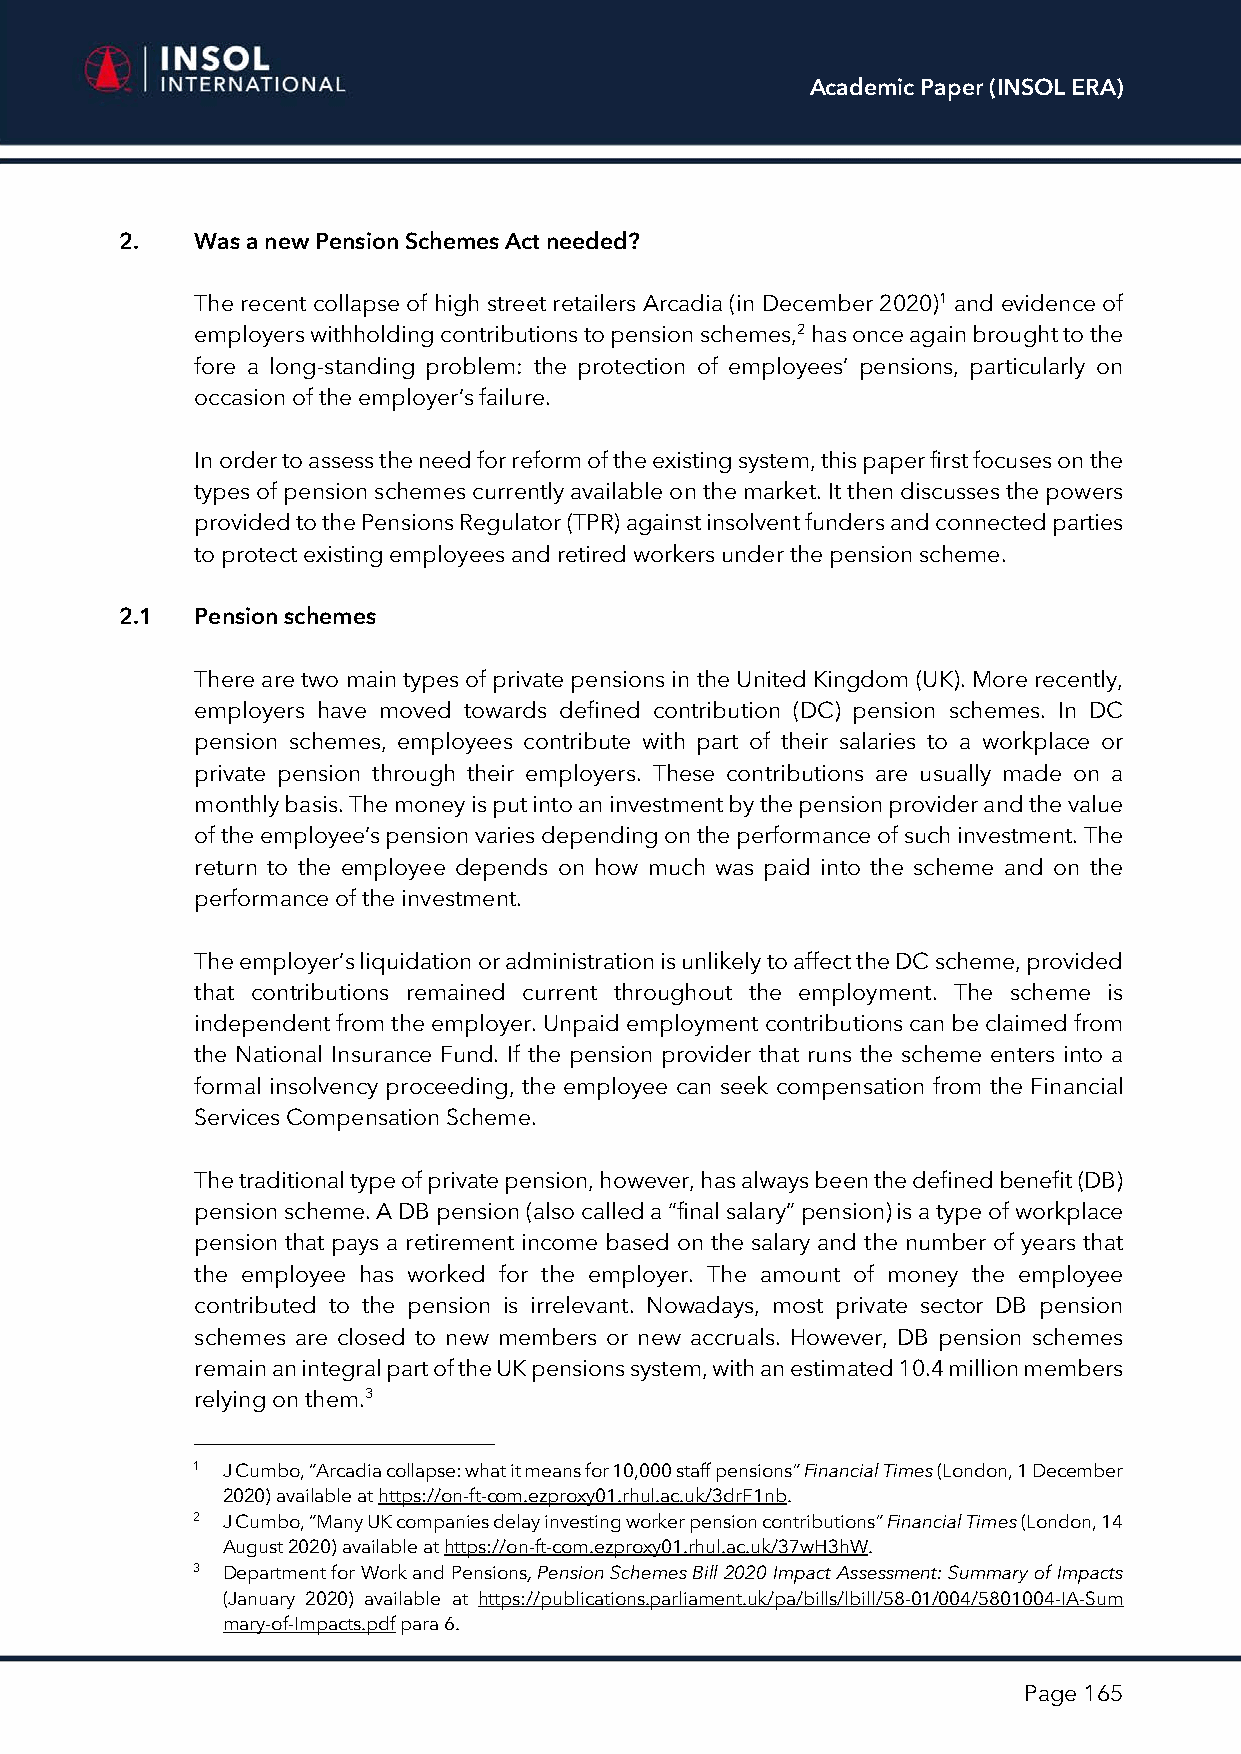
Academic Paper (INSOL ERA)
 2.   Was a new Pension Schemes Act needed?
 The recent collapse of high street retailers Arcadia (in December 2020)1 and evidence of
 employers withholding contributions to pension schemes,2 has once again brought to the
 fore a long-standing problem: the protection of employees’ pensions, particularly on
 occasion of the employer’s failure.
 In order to assess the need for reform of the existing system, this paper first focuses on the
 types of pension schemes currently available on the market. It then discusses the powers
 provided to the Pensions Regulator (TPR) against insolvent funders and connected parties
 to protect existing employees and retired workers under the pension scheme.
 2.1  Pension schemes
 There are two main types of private pensions in the United Kingdom (UK). More recently,
 employers have moved towards defined contribution (DC) pension schemes. In DC
 pension schemes, employees contribute with part of their salaries to a workplace or
 private pension through their employers. These contributions are usually made on a
 monthly basis. The money is put into an investment by the pension provider and the value
 of the employee’s pension varies depending on the performance of such investment. The
 return to the employee depends on how much was paid into the scheme and on the
 performance of the investment.
 The employer’s liquidation or administration is unlikely to affect the DC scheme, provided
 that contributions remained current throughout the employment. The scheme is
 independent from the employer. Unpaid employment contributions can be claimed from
 the National Insurance Fund. If the pension provider that runs the scheme enters into a
 formal insolvency proceeding, the employee can seek compensation from the Financial
 Services Compensation Scheme.
 The traditional type of private pension, however, has always been the defined benefit (DB)
 pension scheme. A DB pension (also called a “final salary” pension) is a type of workplace
 pension that pays a retirement income based on the salary and the number of years that
 the employee has worked for the employer. The amount of money the employee
 contributed to the pension is irrelevant. Nowadays, most private sector DB pension
 schemes are closed to new members or new accruals. However, DB pension schemes
 remain an integral part of the UK pensions system, with an estimated 10.4 million members
 relying on them.3
 1 J Cumbo, “Arcadia collapse: what it means for 10,000 staff pensions” Financial Times (London, 1 December
 2020) available at https://on-ft-com.ezproxy01.rhul.ac.uk/3drF1nb.
 2 J Cumbo, “Many UK companies delay investing worker pension contributions” Financial Times (London, 14
 August 2020) available at https://on-ft-com.ezproxy01.rhul.ac.uk/37wH3hW.
 3 Department for Work and Pensions, Pension Schemes Bill 2020 Impact Assessment: Summary of Impacts
 (January 2020) available at https://publications.parliament.uk/pa/bills/lbill/58-01/004/5801004-IA-Sum
 mary-of-Impacts.pdf para 6.
 Page 165